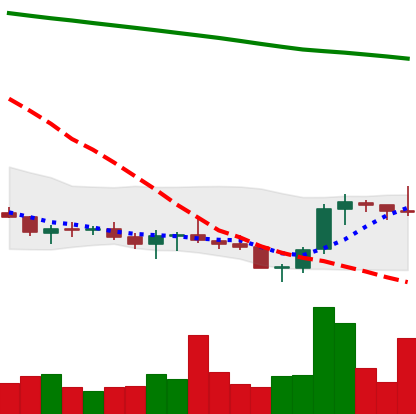
Ticker: XLM-USD
Chart end date: 2021-07-26
Forward return: 9.262%
Label: up_7plus